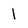
Character: l